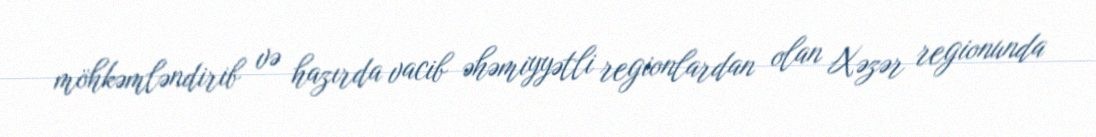
möhkəmləndirib və hazırda vacib əhəmiyyətli regionlardan olan Xəzər regionunda